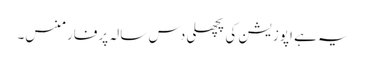
یہ ہے اپوزیشن کی پچھلی دس سالہ پرفارمنس۔